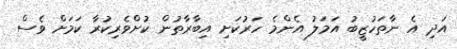
އަދި އެ ނާތަހުޒީބު އަމަލު އެންމެ ހަރުކަށި އިބާރާތުން ކުށްވެރިކުރާ ކަމަށް ވެސް